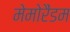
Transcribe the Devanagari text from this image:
मेमोरैंडम